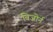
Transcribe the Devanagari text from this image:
बिजोर्न